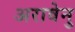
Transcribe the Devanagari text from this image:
अरावेनु